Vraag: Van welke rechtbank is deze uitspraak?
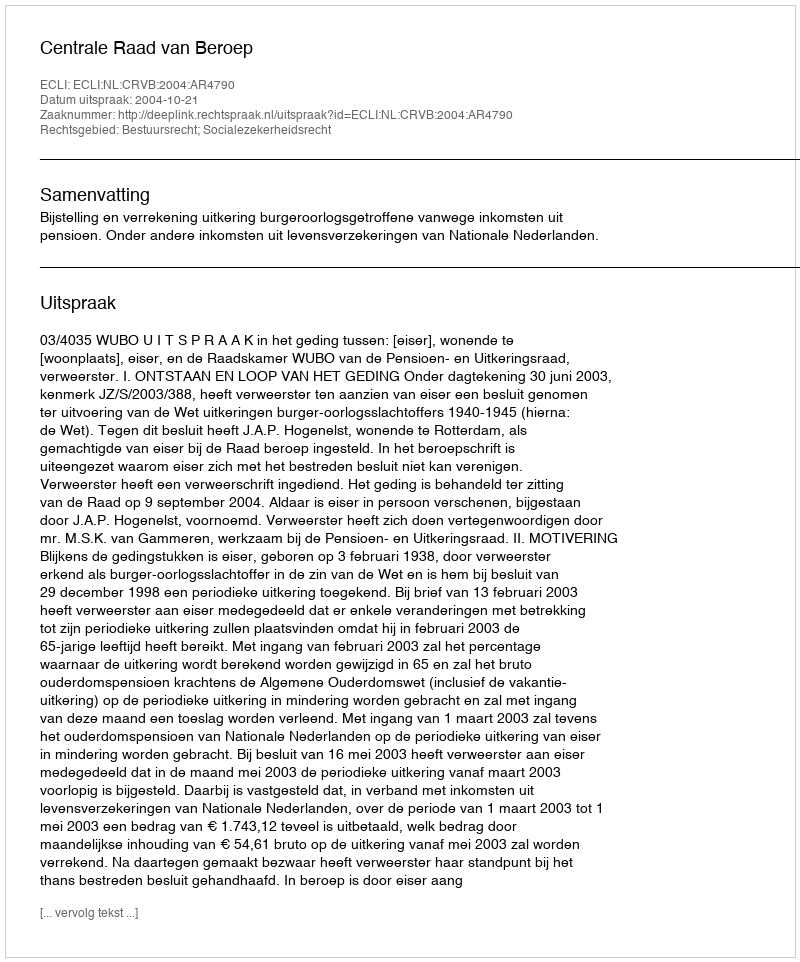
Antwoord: Centrale Raad van Beroep